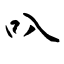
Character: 叺